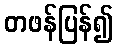
တဖန်ပြန်၍